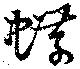
蝶